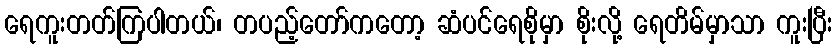
ရေကူးတတ်ကြပါတယ်၊ တပည့်တော်ကတော့ ဆံပင်ရေစိုမှာ စိုးလို့ ရေတိမ်မှာသာ ကူးပြီး